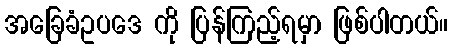
အခြေခံဥပဒေ ကို ပြန်ကြည့်ရမှာ ဖြစ်ပါတယ်။